Plague in India, 1896, 1897 - Volume 2
Year: 1896
Disease focus: Plague
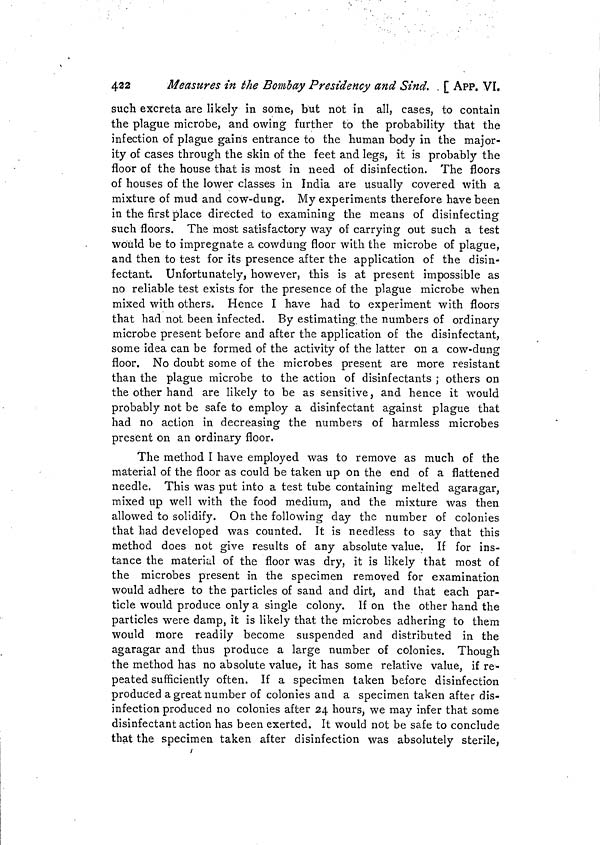
422
Measures in the Bombay Presidency and Sind. . [ APP. VI.
such excreta are likely in some, but not in all, cases, to contain
the plague microbe, and owing further to the probability that the
infection of plague gains entrance to the human body in the major-
ity of cases through the skin of the feet and legs, it is probably the
floor of the house that is most in need of disinfection. The floors
of houses of the lower classes in India are usually covered with a
mixture of mud and cow-dung. My experiments therefore have been
in the first place directed to examining the means of disinfecting
such floors. The most satisfactory way of carrying out such a test
would be to impregnate a cowdung floor with the microbe of plague,
and then to test for its presence after the application of the disin-
fectant. Unfortunately, however, this is at present impossible as
no reliable test exists for the presence of the plague microbe when
mixed with others. Hence I have had to experiment with floors
that had not been infected. By estimating, the numbers of ordinary
microbe present before and after the application of the disinfectant,
some idea can be formed of the activity of the latter on a cow-dung
floor. No doubt some of the microbes present are more resistant
than the plague microbe to the action of disinfectants ; others on
the other hand are likely to be as sensitive, and hence it would
probably not be safe to employ a disinfectant against plague that
had no action in decreasing the numbers of harmless microbes
present on an ordinary floor.
The method I have employed was to remove as much of the
material of the floor as could be taken up on the end of a flattened
needle. This was put into a test tube containing melted agaragar,
mixed up well with the food medium, and the mixture was then
allowed to solidify. On the following day the number of colonies
that had developed was counted. It is needless to say that this
method does not give results of any absolute value. If for ins-
tance the material of the floor was dry, it is likely that most of
the microbes present in the specimen removed for examination
would adhere to the particles of sand and dirt, and that each par-
ticle would produce only a single colony. If on the other hand the
particles were damp, it is likely that the microbes adhering to them
would more readily become suspended and distributed in the
agaragar and thus produce a large number of colonies. Though
the method has no absolute value, it has some relative value, if re-
peated sufficiently often. If a specimen taken before disinfection
produced a great number of colonies and a specimen taken after dis-
infection produced no colonies after 24 hours, we may infer that some
disinfectant action has been exerted. It would not be safe to conclude
that the specimen taken after disinfection was absolutely sterile,
i